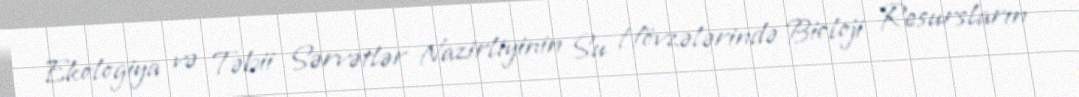
Ekologiya və Təbii Sərvətlər Nazirliyinin Su Hövzələrində Bioloji Resursların